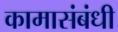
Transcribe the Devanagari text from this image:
कामासंबंधी